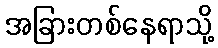
အခြားတစ်နေရာသို့